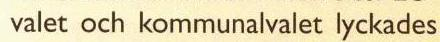
 valet och kommunalvalet lyckades